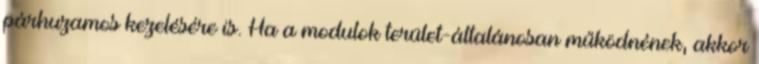
párhuzamos kezelésére is. Ha a modulok terület-általánosan működnének, akkor